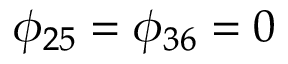
\phi _ { 2 5 } = \phi _ { 3 6 } = 0